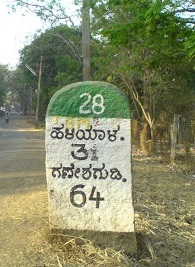
Language: kannada
Transcription: ಗಣೇಶಗುಡಿ ಹಳಿಯಾಳ